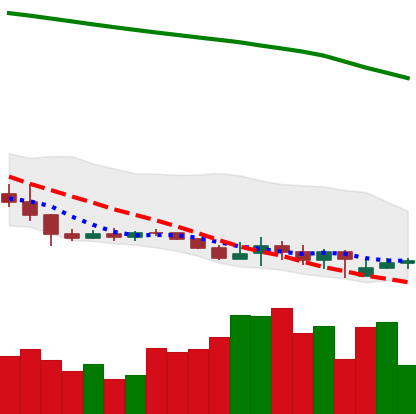
Ticker: XLM-USD
Chart end date: 2019-09-15
Forward return: 27.165%
Label: up_7plus